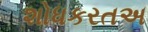
શોધકરતઅ